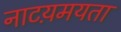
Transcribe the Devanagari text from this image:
नाटय़मयता